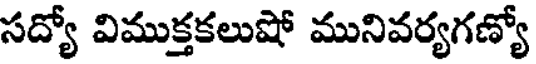
సద్యో విముక్తకలుషో మునివర్యగణ్యో